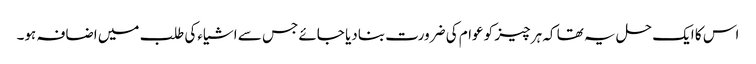
اس کا ایک حل یہ تھا کہ ہر چیز کو عوام کی ضرورت بنادیا جائے جس سے اشیاءکی طلب میں اضافہ ہو۔